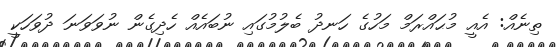
ތިނެއް: އެއީ މުޙައްރަމް މަހުގެ ހަނދު ބެލުމުގައި ނުބައެއް ހެދިގެން ނުވަވަނަ ދުވަހަކީ